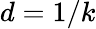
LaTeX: d=1/k